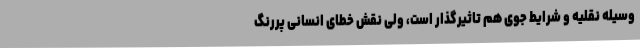
وسیله نقلیه و شرایط جوی هم تاثیرگذار است، ولی نقش خطای انسانی پررنگ